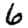
Digit: 6